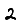
Digit: 2